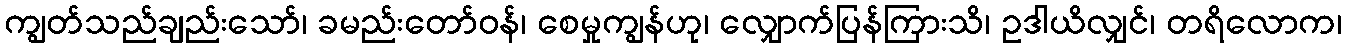
ကျွတ်သည်ချည်းသော်၊ ခမည်းတော်ဝန်၊ စေမှုကျွန်ဟု၊ လျှောက်ပြန်ကြားသိ၊ ဥဒါယိလျှင်၊ တရိလောက၊